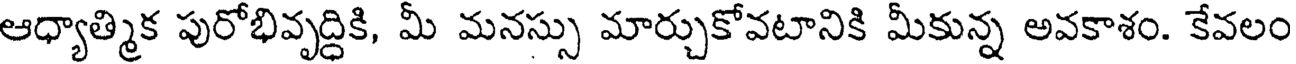
ఆధ్యాత్మిక పురోభివృద్ధికి, మీ మనస్సు మార్చుకోవటానికి మీకున్న అవకాశం. కేవలం